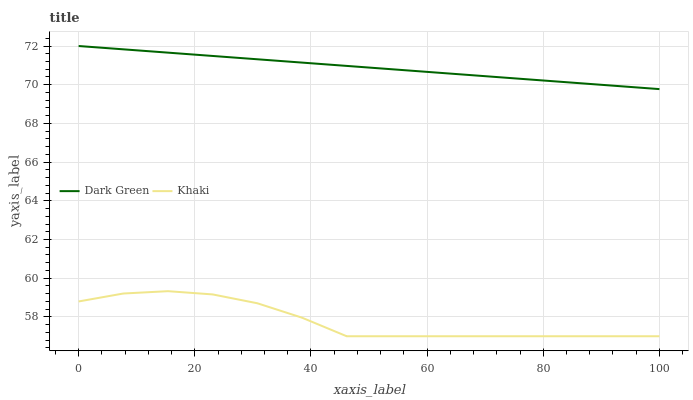
| xaxis_label | Dark Green | Khaki |
 | --- | --- | --- |
 | 0 | 72 | 58.8 |
 | 7.69 | 71.8 | 59.2 |
 | 15.4 | 71.7 | 59.3 |
 | 23.1 | 71.5 | 59.2 |
 | 30.8 | 71.3 | 58.7 |
 | 38.5 | 71.1 | 58 |
 | 46.2 | 71 | 57 |
 | 53.8 | 70.8 | 57 |
 | 61.5 | 70.6 | 57 |
 | 69.2 | 70.5 | 57 |
 | 76.9 | 70.3 | 57 |
 | 84.6 | 70.1 | 57 |
 | 92.3 | 69.9 | 57 |
 | 100 | 69.8 | 57 |